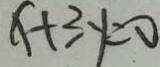
x + 3 y = 0